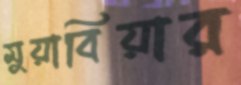
মুয়াবিয়ার